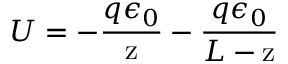
U = - \frac { q \epsilon _ { 0 } } { \mathrm { z } } - \frac { q \epsilon _ { 0 } } { L - \mathrm { z } }